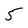
Character: 5